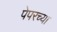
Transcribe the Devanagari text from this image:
पेपरच्या